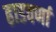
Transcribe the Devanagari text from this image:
हाडवर्णा